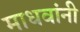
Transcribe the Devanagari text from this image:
माधवांनी